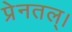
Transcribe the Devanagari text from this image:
प्रेनतल्।